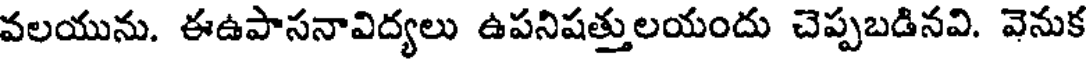
వలయును. ఈఉపాసనావిద్యలు ఉపనిషత్తులయందు చెప్పబడినవి. వెనుక